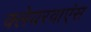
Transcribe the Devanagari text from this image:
क्लेयरवाएंस